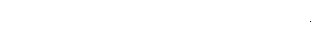
လူတန်းကြီးထဲတွင် ကခုန်လိုက်ပါလာ သည့် ဖဲင်နီ။